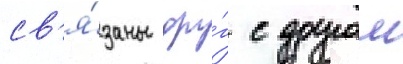
св'я́заны дру́г с другом